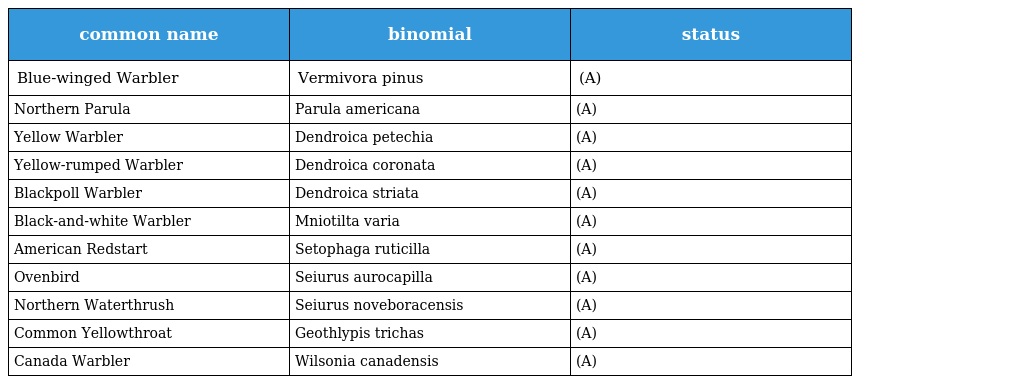
| common name | binomial | status |
 | --- | --- | --- |
 | Blue-winged Warbler | Vermivora pinus | (A) |
 | Northern Parula | Parula americana | (A) |
 | Yellow Warbler | Dendroica petechia | (A) |
 | Yellow-rumped Warbler | Dendroica coronata | (A) |
 | Blackpoll Warbler | Dendroica striata | (A) |
 | Black-and-white Warbler | Mniotilta varia | (A) |
 | American Redstart | Setophaga ruticilla | (A) |
 | Ovenbird | Seiurus aurocapilla | (A) |
 | Northern Waterthrush | Seiurus noveboracensis | (A) |
 | Common Yellowthroat | Geothlypis trichas | (A) |
 | Canada Warbler | Wilsonia canadensis | (A) |